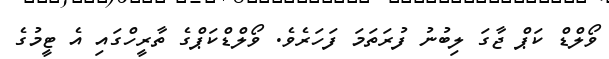
ވޯލްޑް ކަޕް ޖާގަ ލިބުނު ފުރަތަމަ ފަހަރެވެ. ވޯލްޑްކަޕްގެ ތާރީހްގައި އެ ޓީމުގެ